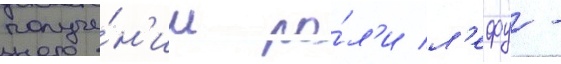
получе́н'ии ро́л'и л'ефу -